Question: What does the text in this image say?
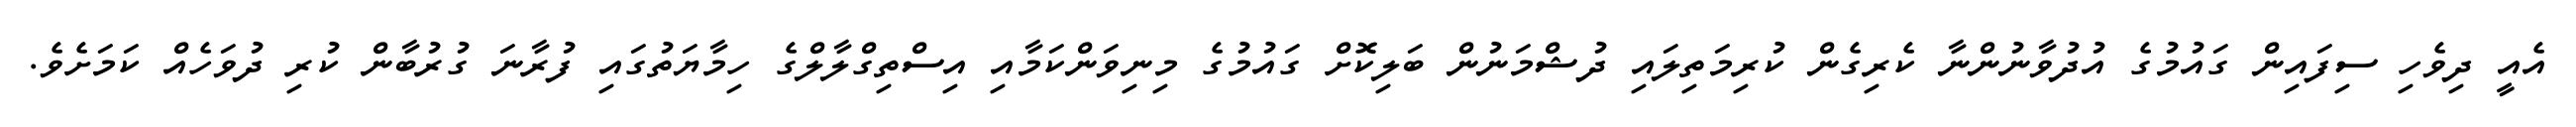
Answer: އެއީ ދިވެހި ސިފައިން ގައުމުގެ އުދުވާނުންނާ ކެރިގެން ކުރިމަތިލައި ދުޝްމަނުން ބަލިކޮށް ގައުމުގެ މިނިވަންކަމާއި އިސްތިގްލާލްގެ ހިމާޔަތުގައި ފުރާނަ ގުރުބާން ކުރި ދުވަހެއް ކަމަށެވެ.